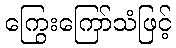
ကြွေးကြော်သံဖြင့်